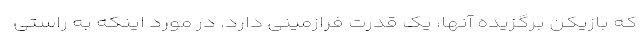
که بازیکن برگزیده آنها، یک قدرت فرازمینی دارد. در مورد اینکه به راستی